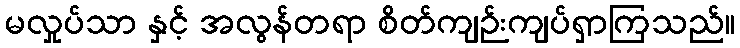
မလှုပ်သာ နှင့် အလွန်တရာ စိတ်ကျဉ်းကျပ်ရှာကြသည်။